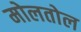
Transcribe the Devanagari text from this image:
मोलतोल